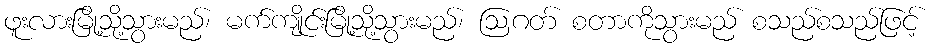
ဖူးလားမြို့သို့သွားမည်၊ မက်ကျိုင်းမြို့သို့သွားမည်၊ ဩဂတ် စတာကိုသွားမည် စသည်စသည်ဖြင့်